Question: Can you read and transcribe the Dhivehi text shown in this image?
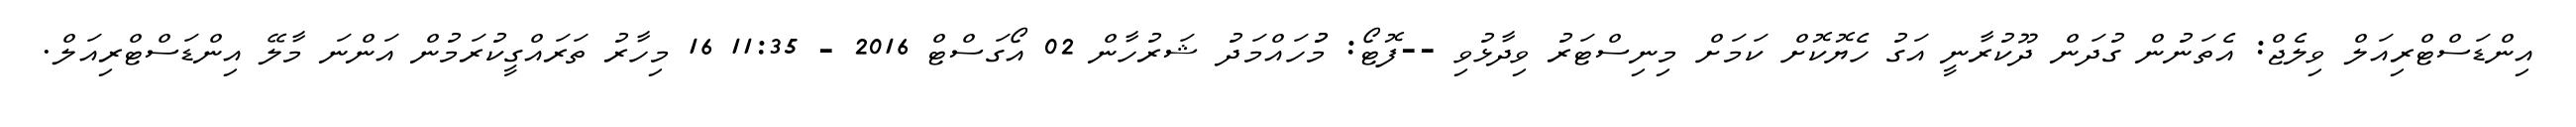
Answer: އިންޑަސްޓްރިއަލް ވިލެޖް: އެތަނުން ގުދަން ދޫކުރާނީ އަގު ހެޔޮކޮށް ކަމަށް މިނިސްޓަރު ވިދާޅުވި --ފޮޓޯ: މުުހައްމަދު ޝަރުހާން 02 އޯގަސްޓް 2016 - 11:35 16 މިހާރު ތަރައްގީކުރަމުން އަންނަ މާލޭ އިންޑަސްޓްރިއަލް.